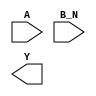
module sky130_fd_sc_hs__nor2b (
    //# {{data|Data Signals}}
    input  A  ,
    input  B_N,
    output Y
);

    // Voltage supply signals
    supply1 VPWR;
    supply0 VGND;

endmodule